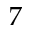
7